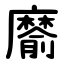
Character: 䵉